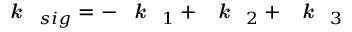
\textbf { \textit { k } } _ { s i g } = - \textbf { \textit { k } } _ { 1 } + \textbf { \textit { k } } _ { 2 } + \textbf { \textit { k } } _ { 3 }